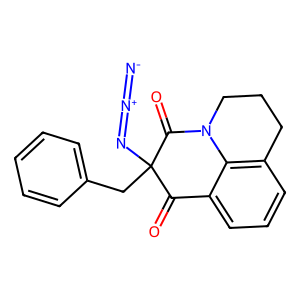
SMILES: [N-]=[N+]=NC1(Cc2ccccc2)C(=O)c2cccc3c2N(CCC3)C1=O
Inhibits HIV replication: No